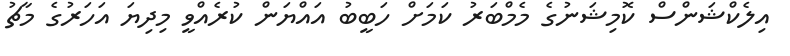
އިލެކްޝަންސް ކޮމިޝަނުގެ މެމްބަރު ކަމަށް ހަބީބު އައްޔަން ކުރެއްވީ މިދިޔަ އަހަރުގެ މާޗު